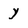
Character: y